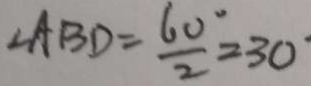
\angle A B D = \frac { 6 0 ^ { \circ } } { 2 } = 3 0 ^ { \circ }